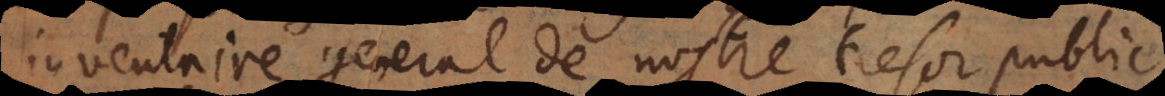
inventaire general de nostre tresor public